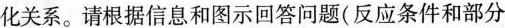
化关系。请根据信息和图示回答问题(反应条件和部分